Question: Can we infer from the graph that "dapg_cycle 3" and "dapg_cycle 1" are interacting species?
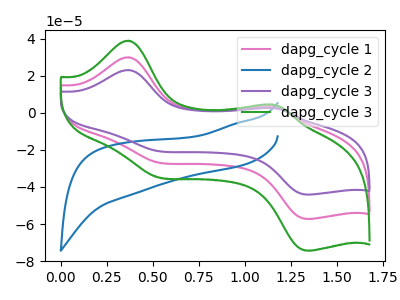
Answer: <think>The pink curve "dapg_cycle 1" has anodic peaks at (0.35V, 30.00uA) (1.15V, 3.45uA) and cathodic peaks at (0.50V, -26.35uA) (1.35V, -57.20uA). The blue curve "dapg_cycle 2" has no peaks. The purple curve "dapg_cycle 3" has anodic peaks at (0.35V, 60.00uA) (1.15V, 6.90uA) and cathodic peaks at (0.50V, -52.65uA) (1.35V, -114.40uA). The green curve "dapg_cycle 3" has anodic peaks at (0.35V, 38.95uA) (1.15V, 4.50uA) and cathodic peaks at (0.50V, -34.20uA) (1.35V, -74.30uA).
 All the peaks in "dapg_cycle 3" have a peak in "dapg_cycle 1" at the same potential. Every peak in "dapg_cycle 3" is higher than every peak in "dapg_cycle 1".</think>
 <answer>No, "dapg_cycle 3" and "dapg_cycle 1" don't appear to be significantly different in shape</answer>
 <eval>no_change</eval>